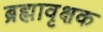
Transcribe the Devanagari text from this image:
ब्रह्मावृक्षक